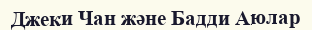
Джеки Чан және Бадди Аюлар